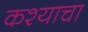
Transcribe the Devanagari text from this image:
कश्याचा